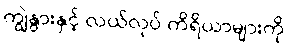
ကျွဲနွားနှင့် လယ်လုပ် ကိရိယာများကို